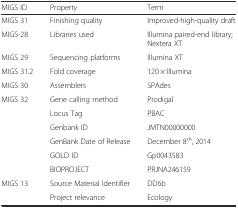
<table><thead><tr><td><b>MIGS ID</b></td><td><b>Property</b></td><td><b>Term</b></td></tr></thead><tbody><tr><td>MIGS 31</td><td>Finishing quality</td><td>Improved-high-quality draft</td></tr><tr><td>MIGS-28</td><td>Libraries used</td><td>Illumina paired-end library; Nextera XT</td></tr><tr><td>MIGS 29</td><td>Sequencing platforms</td><td>Illumina XT</td></tr><tr><td>MIGS 31.2</td><td>Fold coverage</td><td>120 × Illumina</td></tr><tr><td>MIGS 30</td><td>Assemblers</td><td>SPAdes</td></tr><tr><td>MIGS 32</td><td>Gene calling method</td><td>Prodigal</td></tr><tr><td></td><td>Locus Tag</td><td>PBAC</td></tr><tr><td></td><td>Genbank ID</td><td>JMTN00000000</td></tr><tr><td></td><td>GenBank Date of Release</td><td>December 8<sup>th</sup>, 2014</td></tr><tr><td></td><td>GOLD ID</td><td>Gp0043583</td></tr><tr><td></td><td>BIOPROJECT</td><td>PRJNA246159</td></tr><tr><td>MIGS 13</td><td>Source Material Identifier</td><td>DD6b</td></tr><tr><td></td><td>Project relevance</td><td>Ecology</td></tr></tbody></table>